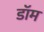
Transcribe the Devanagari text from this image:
डाॅम